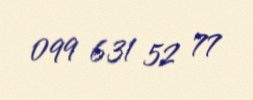
099 631 52 77